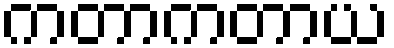
ကတာကတာယ